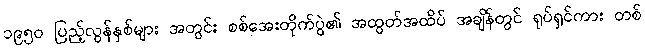
၁၉၅၀ ပြည့်လွန်နှစ်များ အတွင်း စစ်အေးတိုက်ပွဲ၏ အထွတ်အထိပ် အချိန်တွင် ရုပ်ရှင်ကား တစ်